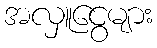
အလှူငွေများ